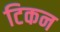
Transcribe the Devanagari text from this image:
टिकन